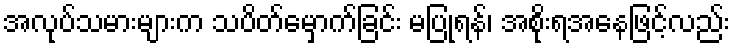
အလုပ်သမားများက သပိတ်မှောက်ခြင်း မပြုရန်၊ အစိုးရအနေဖြင့်လည်း